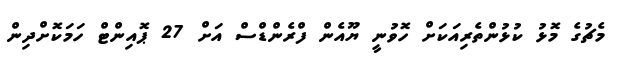
މެޗުގެ މޮޅު ކުޅުންތެރިއަކަށް ހޮވުނީ ޔޫއެން ފްރެންޑްސް އަށް 27 ޕޮއިންޓް ހަމަކޮށްދިން